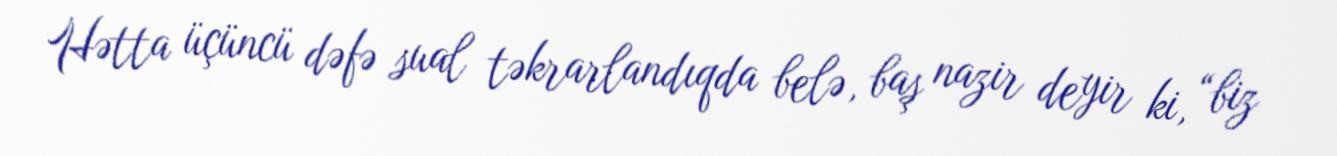
Hətta üçüncü dəfə sual təkrarlandıqda belə, baş nazir deyir ki, “biz